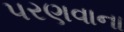
પરણવાના